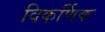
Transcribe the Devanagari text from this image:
विकर्णिक